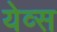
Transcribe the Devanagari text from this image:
येव्स